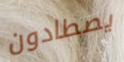
يصطادون